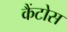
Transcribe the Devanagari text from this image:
कैंटोस